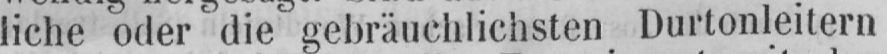
liche oder die gebräuchlichsten Durtonleitern